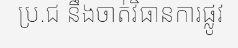
ប្រ.ជ នឹងចាត់វិធានការផ្លូវ